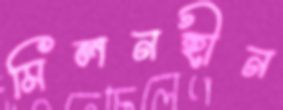
মিলনহীন